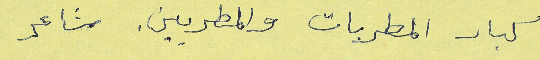
كبار المطربات والمطربين. شاعر